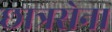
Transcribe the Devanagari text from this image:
छात्रसेना